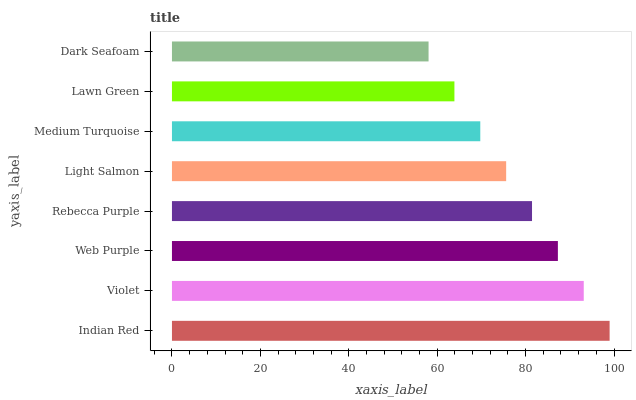
| yaxis_label | bars |
 | --- | --- |
 | Indian Red | 99 |
 | Violet | 93.1 |
 | Web Purple | 87.3 |
 | Rebecca Purple | 81.4 |
 | Light Salmon | 75.6 |
 | Medium Turquoise | 69.7 |
 | Lawn Green | 63.9 |
 | Dark Seafoam | 58 |